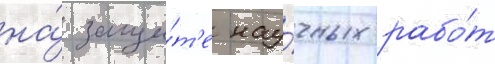
на́ защи́т'е нау́чных рабо́т